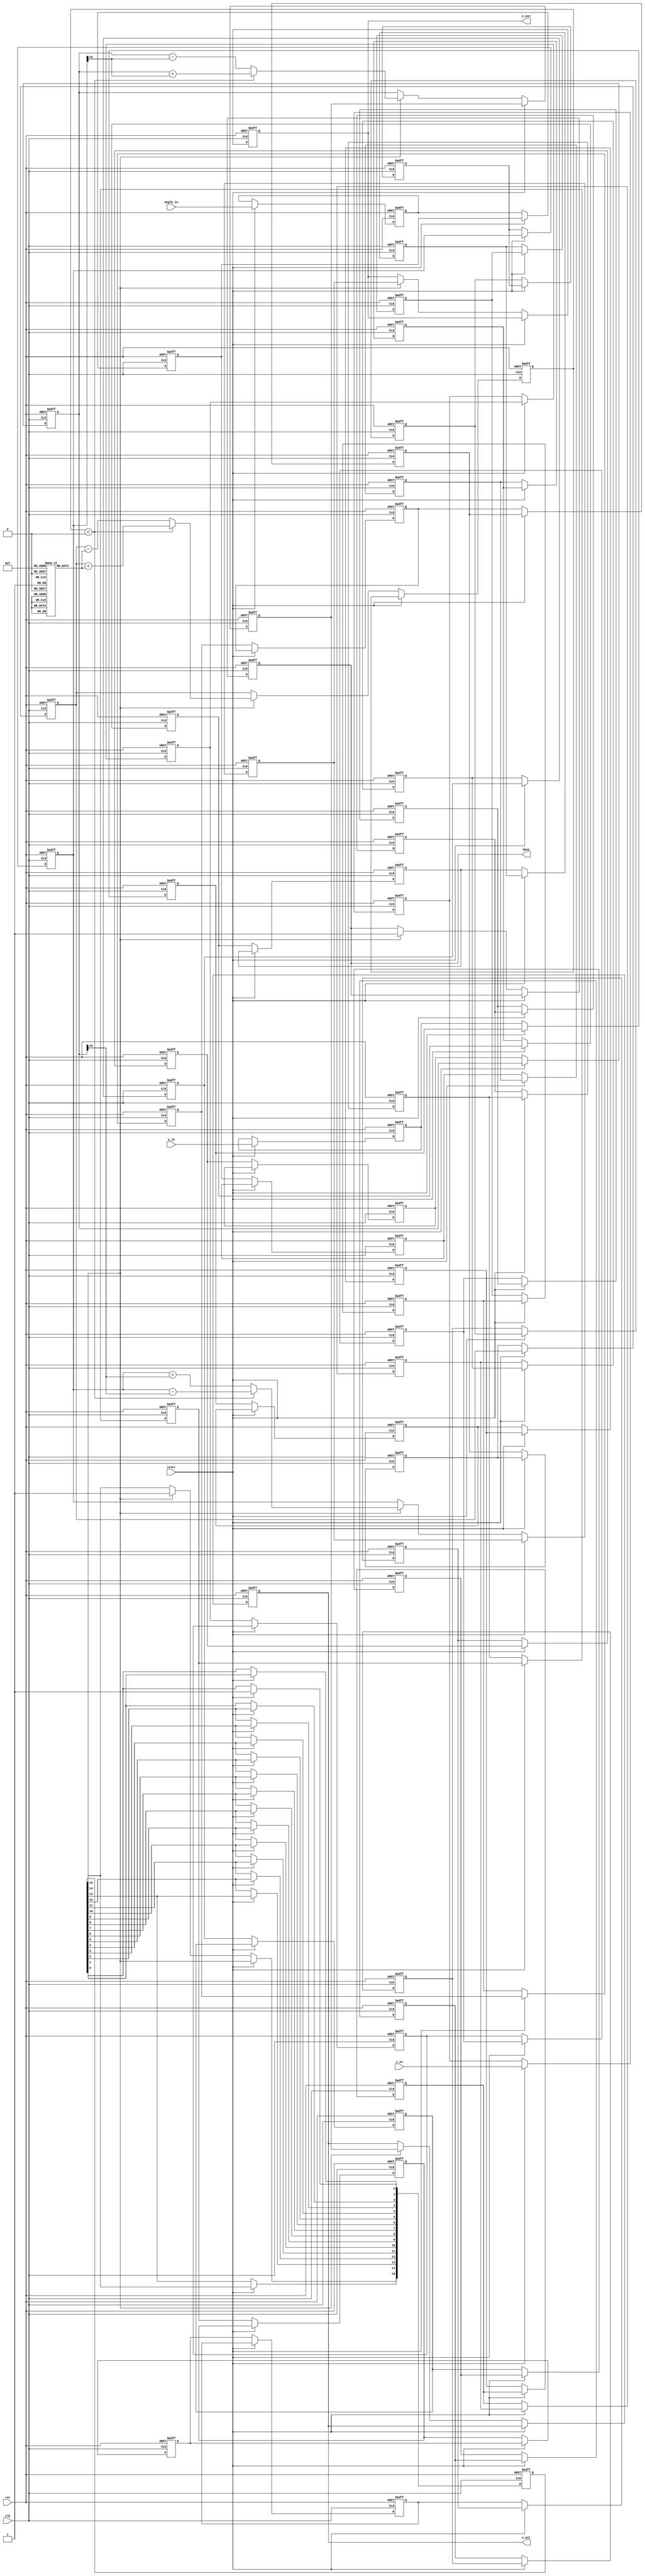
module cordic_pipeline #(
    parameter N = 16, // Number of iterations
    parameter WIDTH = 16 // Bit-width for fixed-point representation
)(
    input clk,
    input rst,
    input start,
    input signed [WIDTH-1:0] x_in,
    input signed [WIDTH-1:0] y_in,
    input signed [WIDTH-1:0] angle_in,
    output reg signed [WIDTH-1:0] x_out,
    output reg signed [WIDTH-1:0] y_out,
    output reg done
);

    // CORDIC angle table (in fixed-point representation)
    reg signed [WIDTH-1:0] angle_table [0:N-1];
    initial begin
        // Initialize angle table with arctan(2^-i) values
        angle_table[0] = 16'h26B2; // atan(1) = 45 degrees in fixed-point
        angle_table[1] = 16'h1DAC; // atan(0.5) = 26.565 degrees
        angle_table[2] = 16'h1C71; // atan(0.25) = 14.036 degrees
        // ... (fill in the rest of the angle values)
        angle_table[N-1] = 16'h0000; // atan(0) = 0 degrees
    end

    // Pipeline registers
    reg signed [WIDTH-1:0] x_reg [0:N-1];
    reg signed [WIDTH-1:0] y_reg [0:N-1];
    reg signed [WIDTH-1:0] angle_reg [0:N-1];
    reg [N-1:0] stage_valid;

    integer i;

    always @(posedge clk or posedge rst) begin
        if (rst) begin
            // Reset all registers
            for (i = 0; i < N; i = i + 1) begin
                x_reg[i] <= 0;
                y_reg[i] <= 0;
                angle_reg[i] <= 0;
            end
            x_out <= 0;
            y_out <= 0;
            done <= 0;
            stage_valid <= 0;
        end else if (start) begin
            // Load initial values into the first stage
            x_reg[0] <= x_in;
            y_reg[0] <= y_in;
            angle_reg[0] <= angle_in;
            stage_valid[0] <= 1;
        end else begin
            // Pipeline operation
            for (i = 0; i < N-1; i = i + 1) begin
                x_reg[i+1] <= x_reg[i];
                y_reg[i+1] <= y_reg[i];
                angle_reg[i+1] <= angle_reg[i];
                stage_valid[i+1] <= stage_valid[i];
            end

            // CORDIC computation for the last stage
            if (stage_valid[N-1]) begin
                if (angle_reg[N-1] < 0) begin
                    // Counter-clockwise rotation
                    x_reg[N-1] <= x_reg[N-2] + (y_reg[N-2] >>> i);
                    y_reg[N-1] <= y_reg[N-2] - (x_reg[N-2] >>> i);
                    angle_reg[N-1] <= angle_reg[N-2] + angle_table[i];
                end else begin
                    // Clockwise rotation
                    x_reg[N-1] <= x_reg[N-2] - (y_reg[N-2] >>> i);
                    y_reg[N-1] <= y_reg[N-2] + (x_reg[N-2] >>> i);
                    angle_reg[N-1] <= angle_reg[N-2] - angle_table[i];
                end
                // Mark the last stage as valid
                stage_valid[N-1] <= 1;
            end

            // Output the final results after the last stage
            if (stage_valid[N-1]) begin
                x_out <= x_reg[N-1];
                y_out <= y_reg[N-1];
                done <= 1;
            end
        end
    end
endmodule